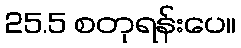
25.5 စတုရန်းပေ။